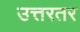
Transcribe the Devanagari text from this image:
उत्तरतर